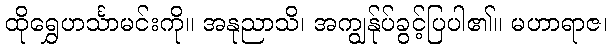
ထိုရွှေဟင်္သာမင်းကို။ အနုညာသိ၊ အကျွန်ုပ်ခွင့်ပြပါ၏။ မဟာရာဇ၊